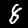
Digit: 8